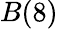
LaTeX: B(8)